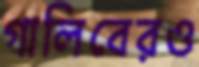
গালিবেরও